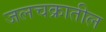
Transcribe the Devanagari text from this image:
जलचक्रातील